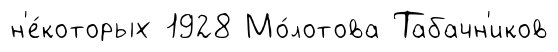
н'е́которых 1928 Мо́лотова Табачн'иков